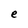
Character: e